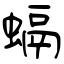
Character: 螎